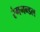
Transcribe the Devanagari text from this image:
रंगमन्डल